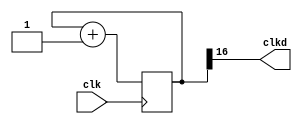
`timescale 1ns / 1ps
//////////////////////////////////////////////////////////////////////////////////
// Company: 
// Engineer: 
// 
// Design Name: 
// Module Name:    clk_div 
// Project Name: 
// Target Devices: 
// Tool versions: 
// Description: 
//
// Dependencies: 
//
// Revision: 
// Revision 0.01 - File Created
// Additional Comments: 
//
//////////////////////////////////////////////////////////////////////////////////
module clk_div(input clk,
					output clkd);
						 
	reg [16:0] count;
	
	initial count = 0;
	
	assign clkd = count[16];
	
	always @(posedge clk)
	
		count = count + 1;

endmodule